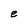
Character: e